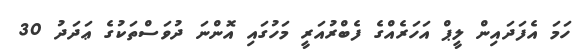
ހަމަ އެފަދައިން ލީޕް އަހަރެއްގެ ފެބްރުއަރީ މަހުގައި އޮންނަ ދުވަސްތަކުގެ ޢަދަދު 30